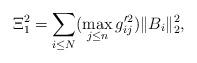
LaTeX: \begin{align*}\Xi_{1}^{2}=\sum_{i\le N}(\max_{j\le n}g^{\prime2}_{ij})\Vert B_{i}\Vert^{2}_{2},\end{align*}